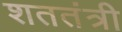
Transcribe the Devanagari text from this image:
शततंत्री